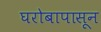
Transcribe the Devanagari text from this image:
घरोबापासून